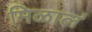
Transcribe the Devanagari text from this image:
मिळाल॓